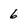
Character: 6